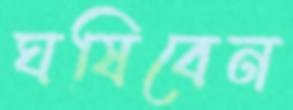
ঘষিবেন